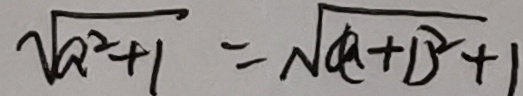
\sqrt { a ^ { 2 } + 1 } = \sqrt { a + 1 ^ { 2 } + 1 }